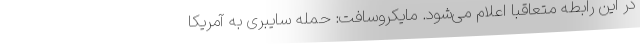
در این رابطه متعاقباً اعلام می‌شود. مایکروسافت: حمله سایبری به آمریکا